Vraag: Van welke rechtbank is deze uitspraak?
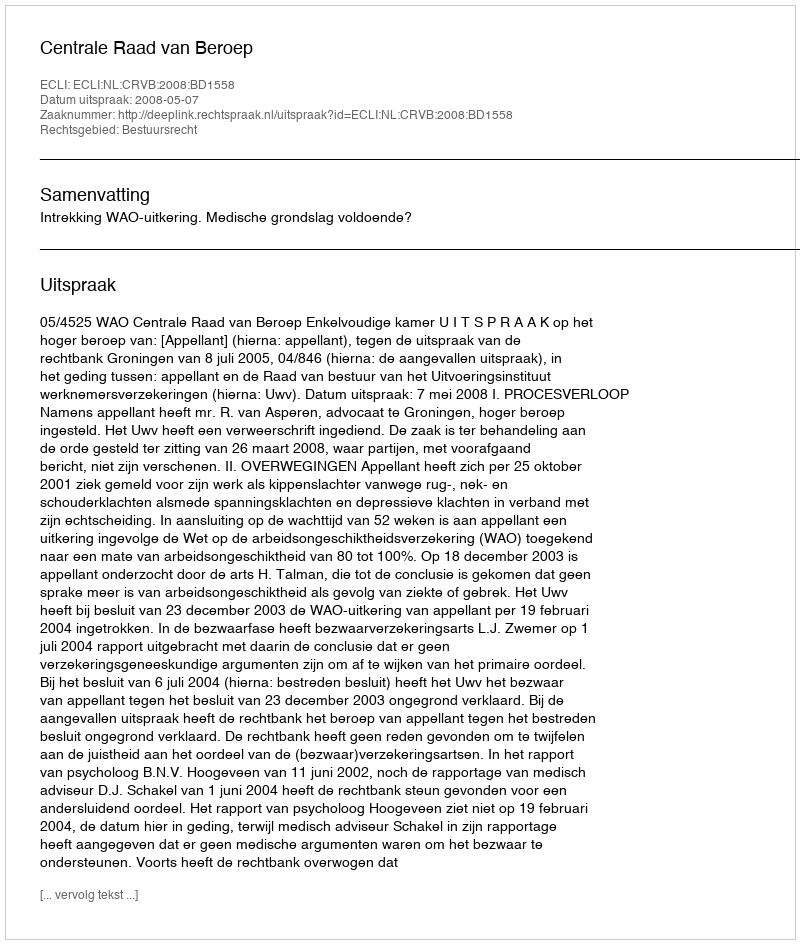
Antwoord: Centrale Raad van Beroep